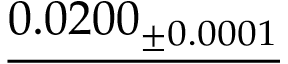
\underline { { 0 . 0 2 0 0 _ { \pm 0 . 0 0 0 1 } } }